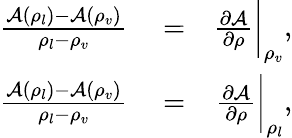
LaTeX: \begin{array}{rlr}{\frac{\mathcal{A}(\rho_{l})-\mathcal{A}(\rho_{v})}{\rho_{l}-\rho_{v}}}&{{}=}&{\frac{\partial\mathcal{A}}{\partial\rho}\bigg\vert_{\rho_{v}},}\\ {\frac{\mathcal{A}(\rho_{l})-\mathcal{A}(\rho_{v})}{\rho_{l}-\rho_{v}}}&{{}=}&{\frac{\partial\mathcal{A}}{\partial\rho}\bigg\vert_{\rho_{l}},}\end{array}